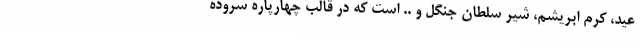
عید، کرم ابریشم، شیر سلطان جنگل و .. است که در قالب چهارپاره سروده